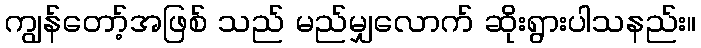
ကျွန်တော့်အဖြစ် သည် မည်မျှလောက် ဆိုးရွားပါသနည်း။